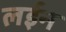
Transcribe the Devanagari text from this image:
लईन